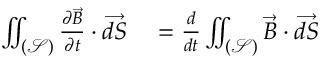
\begin{array} { r l } { \iint _ { ( \mathcal { S } ) } \frac { \partial \Vec { B } } { \partial t } \cdot \overrightarrow { d S } } & { { } = \frac { d } { d t } \iint _ { ( \mathcal { S } ) } \Vec { B } \cdot \overrightarrow { d S } } \end{array}